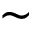
\sim